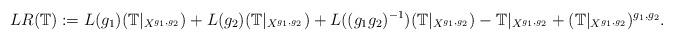
LaTeX: \begin{align*} LR({\mathbb T}) :=L(g_1)({\mathbb T}|_{X^{g_1,g_2}}) + L(g_2)({\mathbb T}|_{X^{g_1,g_2}}) + L((g_1g_2)^{-1})({\mathbb T}|_{X^{g_1,g_2}}) - {\mathbb T}|_{X^{g_1,g_2}} + ({\mathbb T}|_{X^{g_1,g_2}})^{g_1,g_2}.\end{align*}